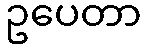
ဥပေတာ